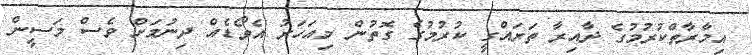
އިމާރާތްކުރުމުގެ ދާއިރާ ތަރައްގީ ކުރުމުގެ ގޮތުން މިއަހަރު އެވޯޑެއް ދިނުމަށް ވެސް މަސީން